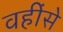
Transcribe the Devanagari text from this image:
वहींसे